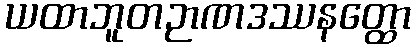
ယထာဘူတဉာဏဒဿနတ္ထော